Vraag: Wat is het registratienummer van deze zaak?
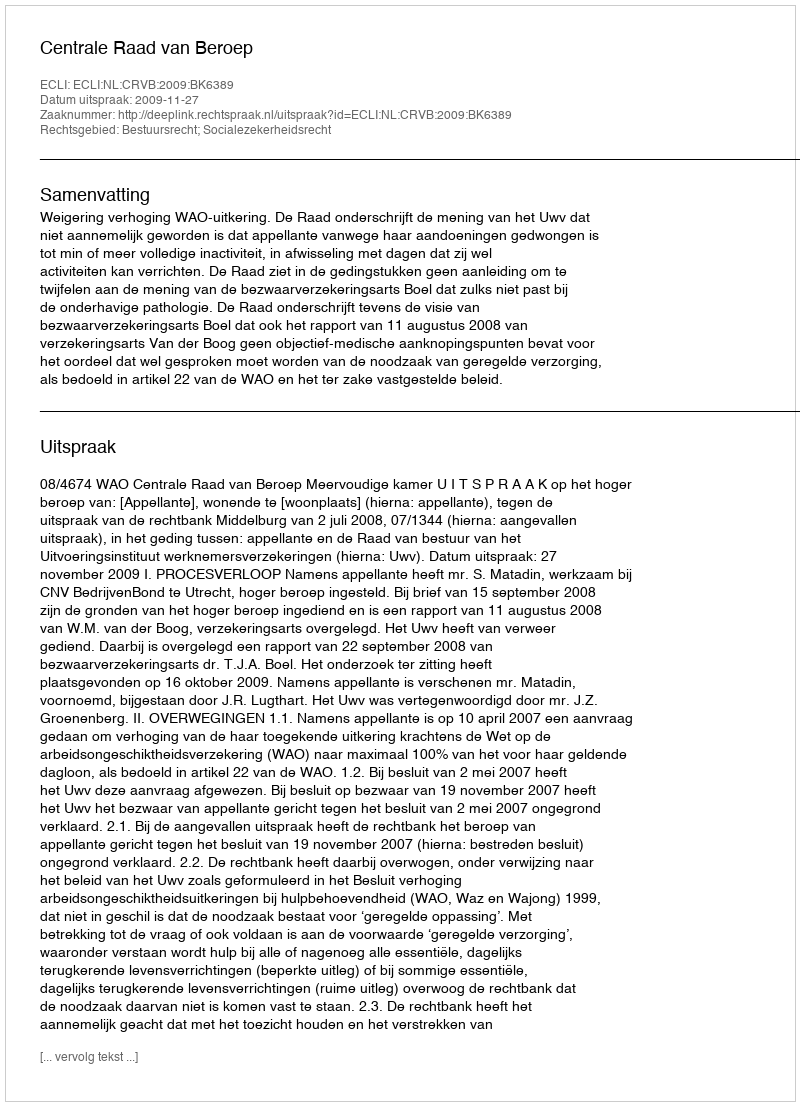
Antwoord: http://deeplink.rechtspraak.nl/uitspraak?id=ECLI:NL:CRVB:2009:BK6389